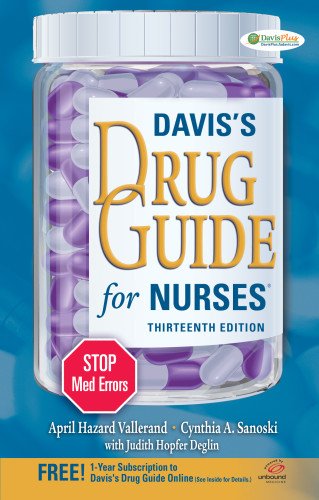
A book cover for Davis's Drug Guide for Nurses; April Hazard Vallerand PhD  RN  FAAN; Medical Books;